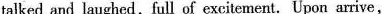
talked and laughed, full of excitement. Upon arrive,